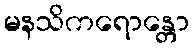
မနသိကရောန္တော